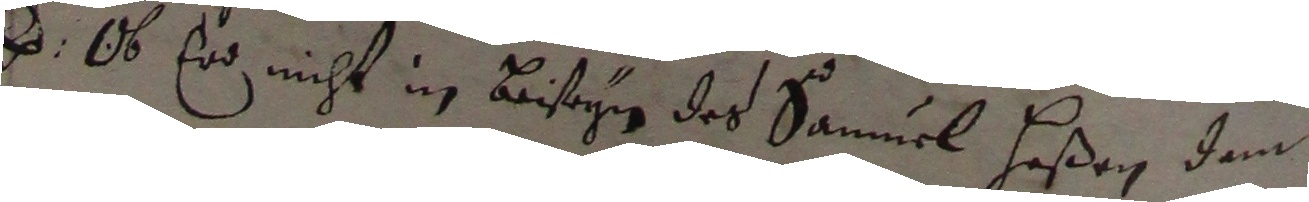
N. Ob ed nicht in beisehn des samuel heßen dem